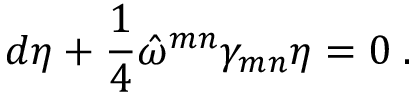
d \eta + \frac { 1 } { 4 } \hat { \omega } ^ { m n } \gamma _ { m n } \eta = 0 \; .